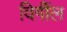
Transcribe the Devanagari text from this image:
विर्गील